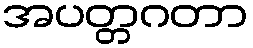
အပတ္တဂတာ